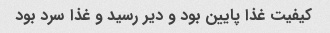
کیفیت غذا پایین بود و دیر رسید و غذا سرد بود